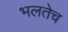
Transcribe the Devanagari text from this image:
भलतेच